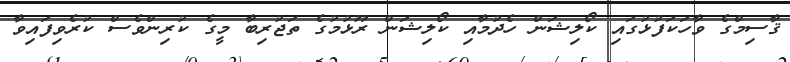
ޤާސިމްގެ ވާހަކަފުޅުގައި ކޯލިޝަން ހެދުމާއި ކޯލިޝަން ރޫޅުމުގެ ތަޖުރިބާ މީގެ ކުރިންވެސް ކުރެވިފައިވާ